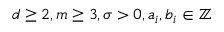
d \geq 2 , m \geq 3 , \sigma > 0 , a _ { i } , b _ { i } \in \mathbb { Z }